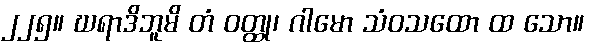
၂၂၅။ ဃရာဒိဘူမိ တံ ဝတ္ထု၊ ဂါမော သံဝသထော ထ သော။